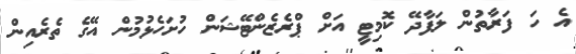
އެ ހަ ފަރާތުން ލަފާދޭ ކޮމިޓީ އަށް ޕްރެޒެންޓޭޝަން ހުށަހެޅުމުން އޭގެ ތެރެއިން